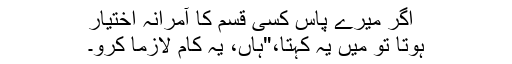
اگر میرے پاس کسی قسم کا آمرانہ اختیار
ہوتا تو میں یہ کہتا،"ہاں، یہ کام لازماً کرو۔